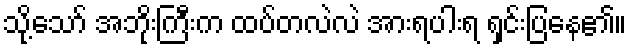
သို့သော် အဘိုးကြီးက ထပ်တလဲလဲ အားရပါးရ ရှင်းပြနေ၏။